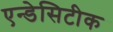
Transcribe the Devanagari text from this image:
एन्डेसिटीक